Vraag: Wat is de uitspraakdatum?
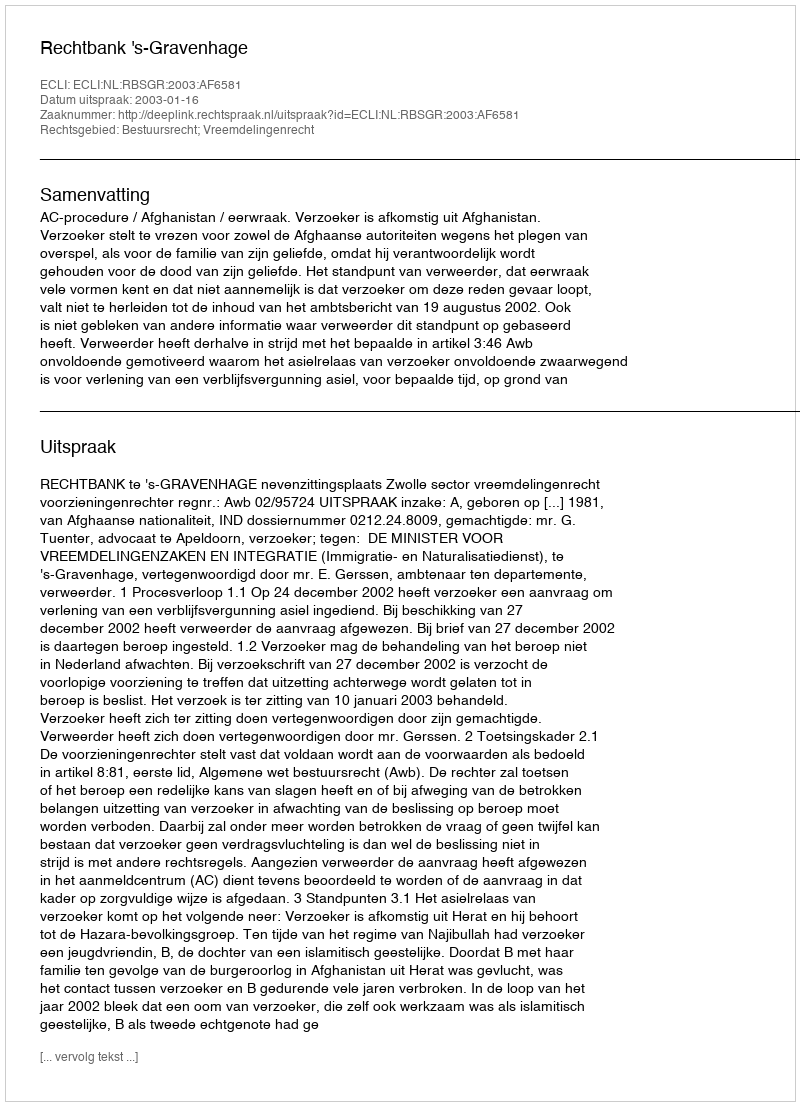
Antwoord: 2003-01-16